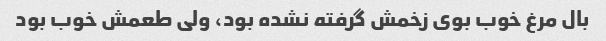
بال مرغ خوب بوی زخمش گرفته نشده بود، ولی طعمش خوب بود